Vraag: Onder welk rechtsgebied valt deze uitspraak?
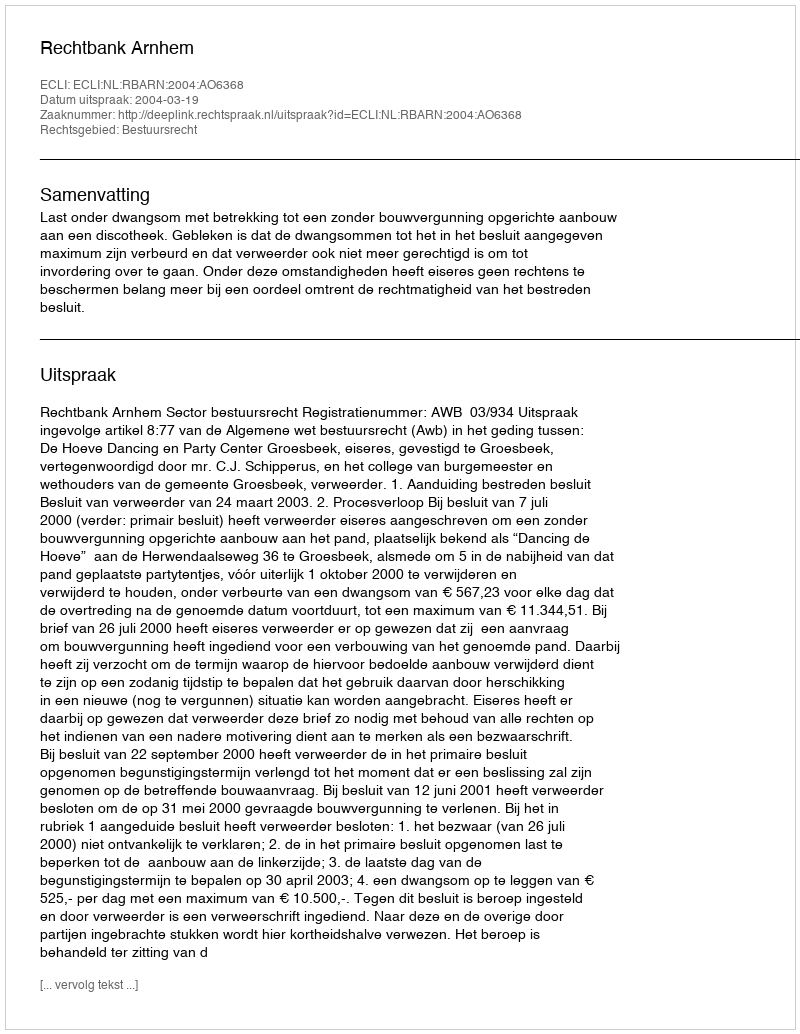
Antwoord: Bestuursrecht